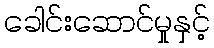
ခေါင်းဆောင်မှုနှင့်